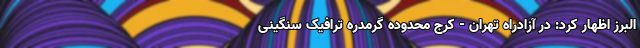
البرز اظهار کرد: در آزادراه تهران - کرج محدوده گرمدره ترافیک سنگینی